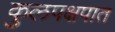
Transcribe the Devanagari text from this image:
कुलपक्षपात